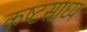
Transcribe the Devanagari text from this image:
कष्‍टसाध्‍य